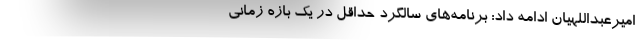
امیرعبداللهیان ادامه داد: برنامه‌های سالگرد حداقل در یک بازه زمانی